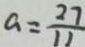
a = \frac { 2 7 } { 1 1 }